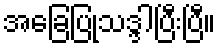
အခြေပြုသဒ္ဒါပြီးပြီ။